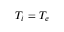
T _ { i } = T _ { e }